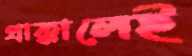
প্রাক্কালেই